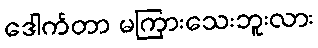
ဒေါက်တာ မကြားသေးဘူးလား